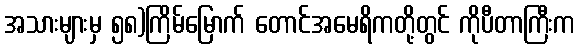
အသားများမှ ၅၈)ကြိမ်မြောက် တောင်အမေရိကတို့တွင် ကိုပီတာကြီးက